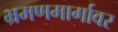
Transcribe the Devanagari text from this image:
भ्रमणमार्गावर